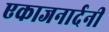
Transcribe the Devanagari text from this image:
एकाजनार्दनी